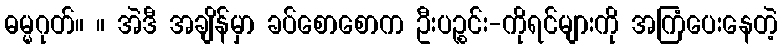
ဓမ္မဂုတ်။ ။ အဲဒီ အချိန်မှာ ခပ်စောစောက ဦးပဉ္စင်း-ကိုရင်များကို အကြံပေးနေတဲ့